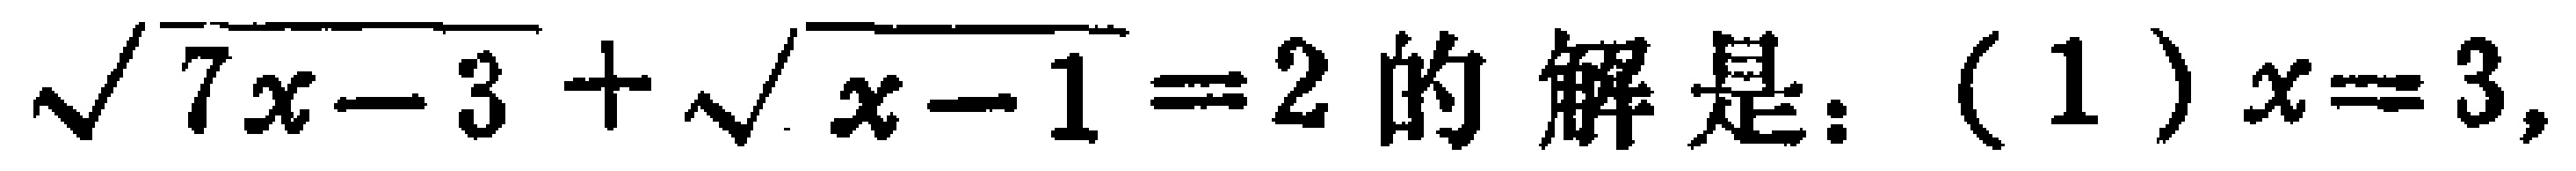
$\sqrt{7x - 3}+\sqrt{x - 1}=2的解是：(1)x = 3,$